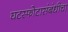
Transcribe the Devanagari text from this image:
घटस्फोटासंबंधीचा